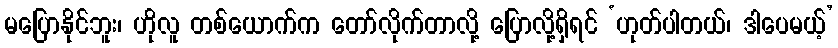
မပြောနိုင်ဘူး၊ ဟိုလူ တစ်ယောက်က တော်လိုက်တာလို့ ပြောလို့ရှိရင် ‘ဟုတ်ပါတယ်၊ ဒါပေမယ့်’